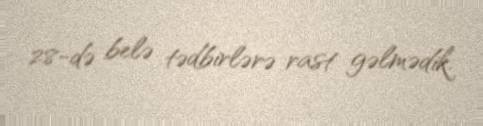
28-də belə tədbirlərə rast gəlmədik.